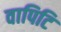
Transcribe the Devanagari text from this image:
वापिटि